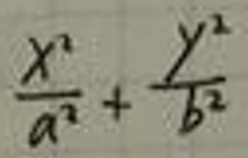
$\frac{x^{2}}{a^{2}}+\frac{y^{2}}{b^{2}}$